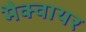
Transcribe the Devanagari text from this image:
मैक्वायर